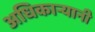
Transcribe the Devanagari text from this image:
अधिकार्‍यानी